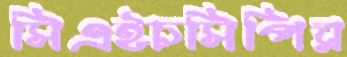
সিএইচসিপির